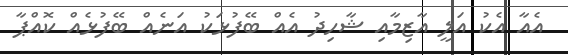
އެއާ އެކު އަލީ އާޒިމާއި ޝާހިދު އެއް ބޭފުޅަކު އަނެއް ބޭފުޅެއް ކޮއްޕާ